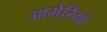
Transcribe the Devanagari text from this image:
आमेरिगो